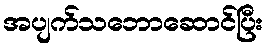
အပျက်သဘောဆောင်ပြီး